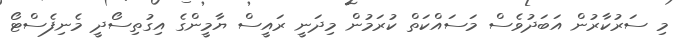
މި ސަރުކާރުން އަބަދުވެސް މަސައްކަތް ކުރަމުން މިދަނީ ރައީސް ޔާމީންގެ އިގުތިސޯދީ މެނިފެސްޓޯ